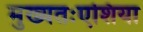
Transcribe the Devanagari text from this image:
मुख्यतःएशिया